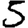
Digit: 5